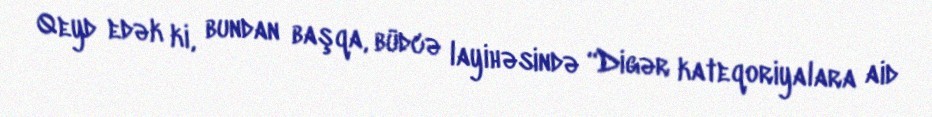
Qeyd edək ki, bundan başqa, büdcə layihəsində “Digər kateqoriyalara aid